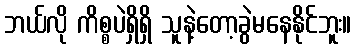
ဘယ်လို ကိစ္စပဲရှိရှိ သူနဲ့တော့ခွဲမနေနိုင်ဘူး။